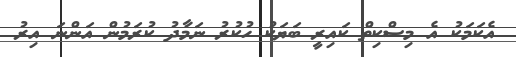
އެކަމަކު އެ މިސްކިތް ކައިރީ ބަޔަކު ހުކުރު ނަމާދު ކުރަމުން އަންނަ އިރު